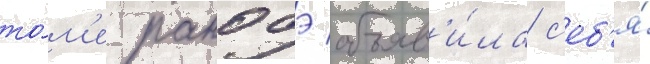
то́м'е ранобэ объяв'и́ла с'еб'я́